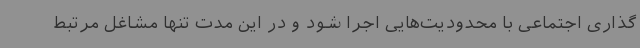
گذاری اجتماعی با محدودیت‌هایی اجرا شود و در این مدت تنها مشاغل مرتبط